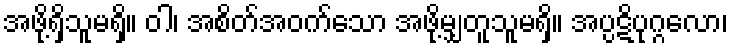
အဖို့ရှိသူမရှိ။ ဝါ၊ အစိတ်အဝက်သော အဖို့မျှတူသူမရှိ။ အပ္ပဋိပုဂ္ဂလော၊